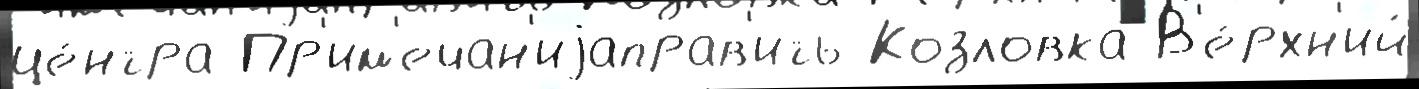
це́нтра Пр'им'ечан'иjаправ'ить Козловка В'е́рхн'ий